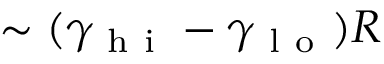
\sim ( \gamma _ { \mathrm { ~ h ~ i ~ } } - \gamma _ { \mathrm { ~ l ~ o ~ } } ) R